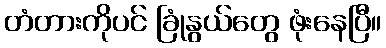
တံတားကိုပင် ခြုံနွယ်တွေ ဖုံးနေပြီ။